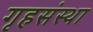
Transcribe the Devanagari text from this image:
गृहसंस्था